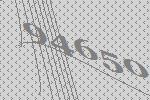
94650